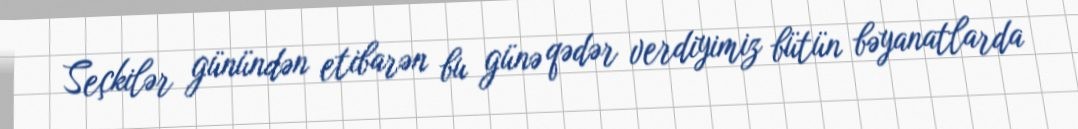
Seçkilər günündən etibarən bu günə qədər verdiyimiz bütün bəyanatlarda